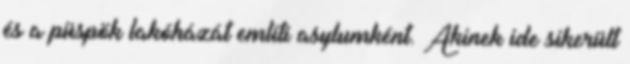
és a püspök lakóházát említi asylumként. Akinek ide sikerült